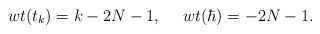
\begin{align*}wt(t_{k})=k-2N-1, ~~~~wt(\hbar)=-2N-1.\end{align*}